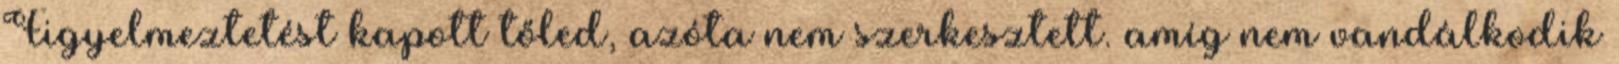
Figyelmeztetést kapott tőled, azóta nem szerkesztett. amíg nem vandálkodik